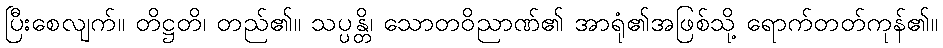
ပြီးစေလျက်။ တိဋ္ဌတိ၊ တည်၏။ သပ္ပန္တိ၊ သောတဝိညာဏ်၏ အာရုံ၏အဖြစ်သို့ ရောက်တတ်ကုန်၏။